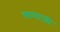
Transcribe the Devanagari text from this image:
भागाजी